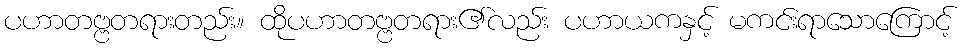
ပဟာတဗ္ဗတရားတည်း။ ထိုပဟာတဗ္ဗတရား၏လည်း ပဟာယကနှင့် မကင်းရာသောကြောင့်